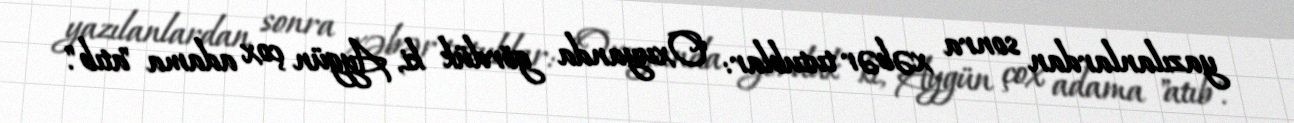
yazılanlardan sonra xəbər tutublar: "Oxuyanda gördük ki, Aygün çox adama "atıb".